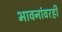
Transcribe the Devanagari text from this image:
भावनांवरही